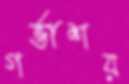
গর্ভাশয়